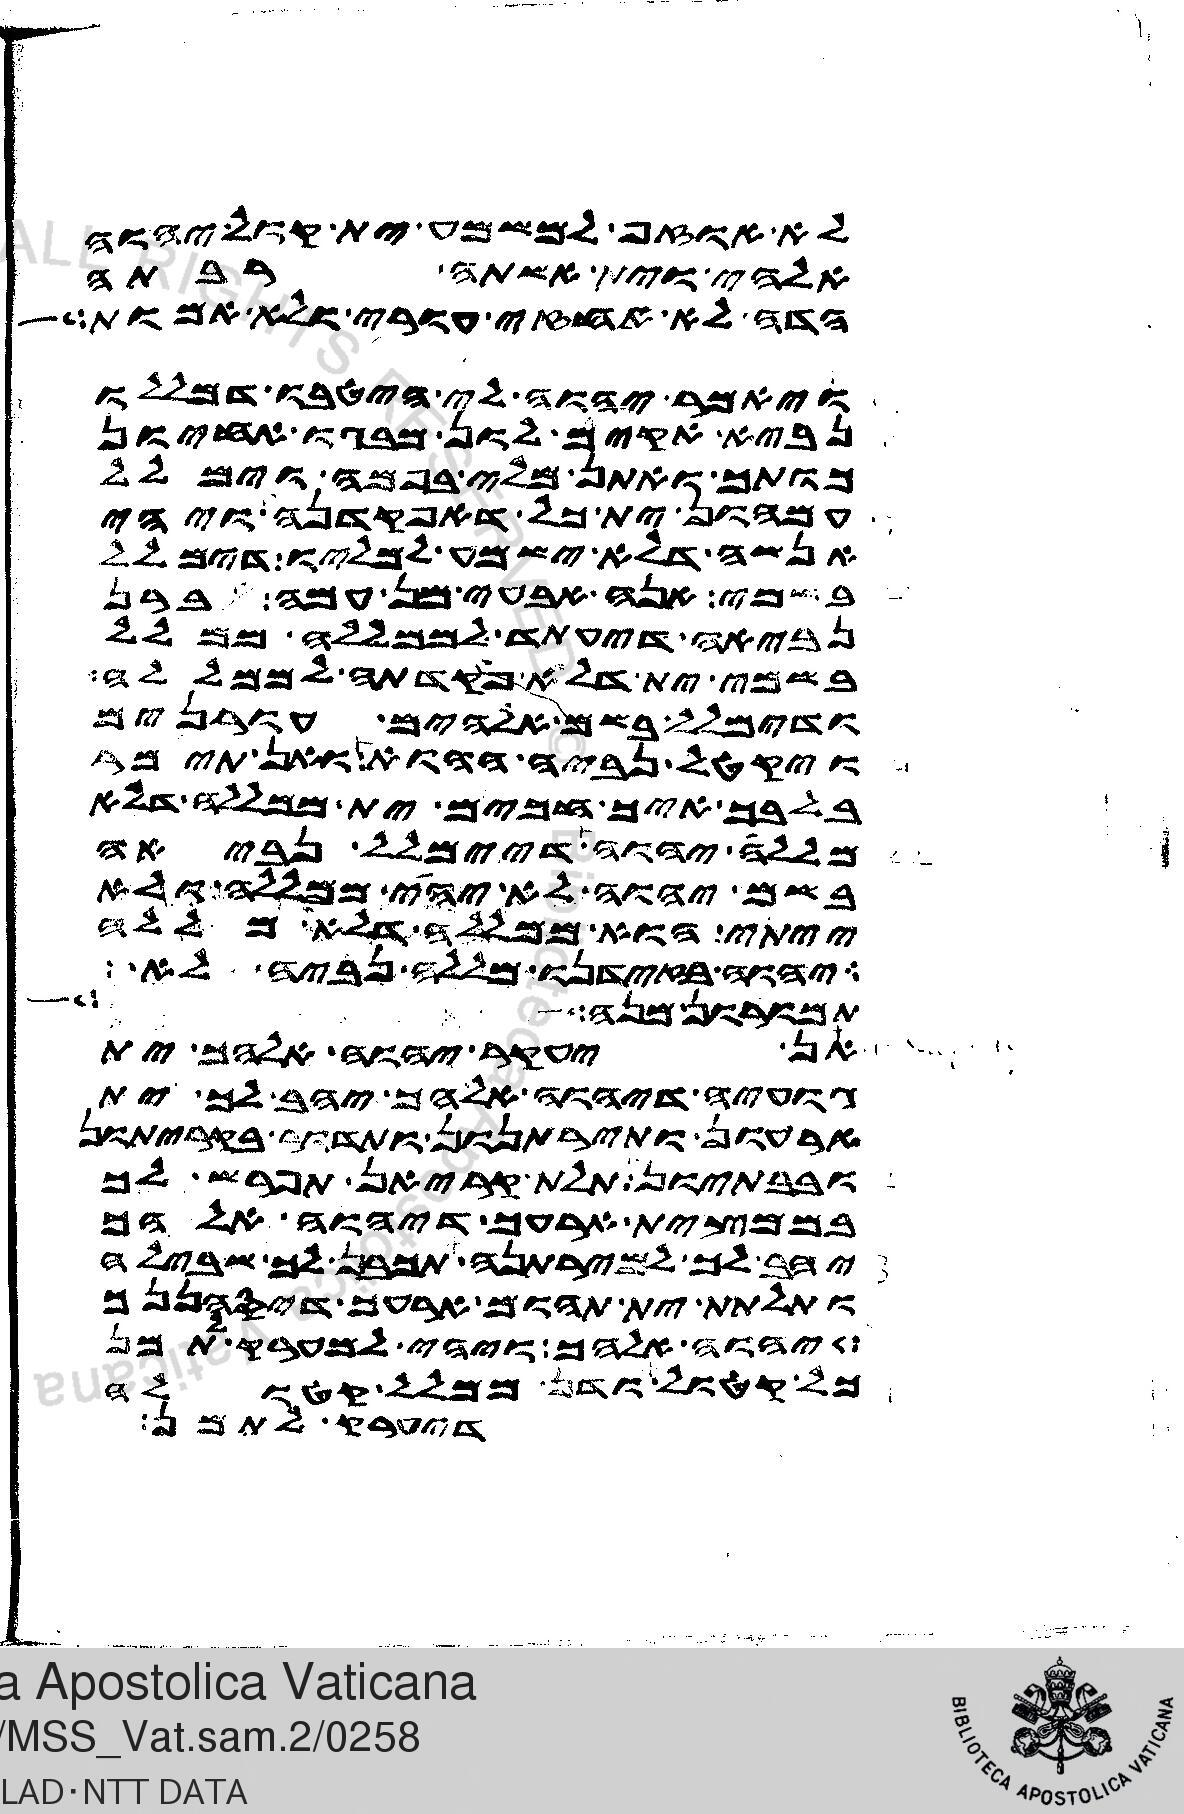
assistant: לא אוזף למשמע ית קול יהוה
אלהי וית אשתה רבתה
הדה לא אחזי עורי ולא אמות
ואמר יהוה לי הטבו דמללו
נביא אקים לון מבגו אחיון
כותך ואתן מלי בפמה וימלל
עמהון ית כל דאפקדנה ויהי
אנשה דלא ישמע למליו דימלל
בשמי אנה אבעי מן עמה ברן
נביאה דיעתד לממללה ממלל
בשמי ית דלא פקדתה לממללה
ודימלל בשם אלהים עורנים
ויקטל נביה ההוא ואן תימר
בלבך איך חכים ית ממללה דלא
מללה יהוה דיימלל נביאה
בשם יהוה לא יהי ממללה ולא
ייתי הוא ממללה דלא מללה
יהוה בזידנו מללה נביה לא
תמורון מנה
אן יעקר יהוה אלהך ית
גועיה דיהוה אלהך יהב לך ית
ארעון ותירתנון ותדור בקריתון
ובבתיון תלת קריאן תפרש לך
בממצית ארעך דיהוה אלהך
יהב לך למירתנה תכבן לך שבילה
ותלתת ית תהום ארעך דיסהננך
יהוה אלהך ויהי למערק לתמן
כל קטול ודן ממלל קטולה
דיערק לתמן